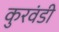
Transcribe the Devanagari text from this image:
कुरवंडी